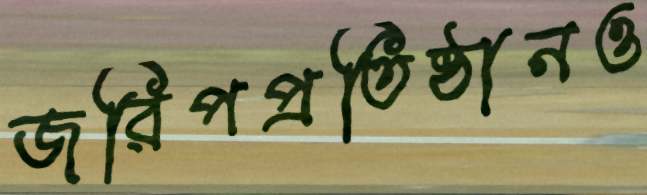
জরিপপ্রতিষ্ঠানও